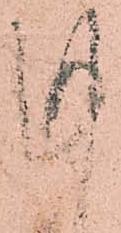
謹